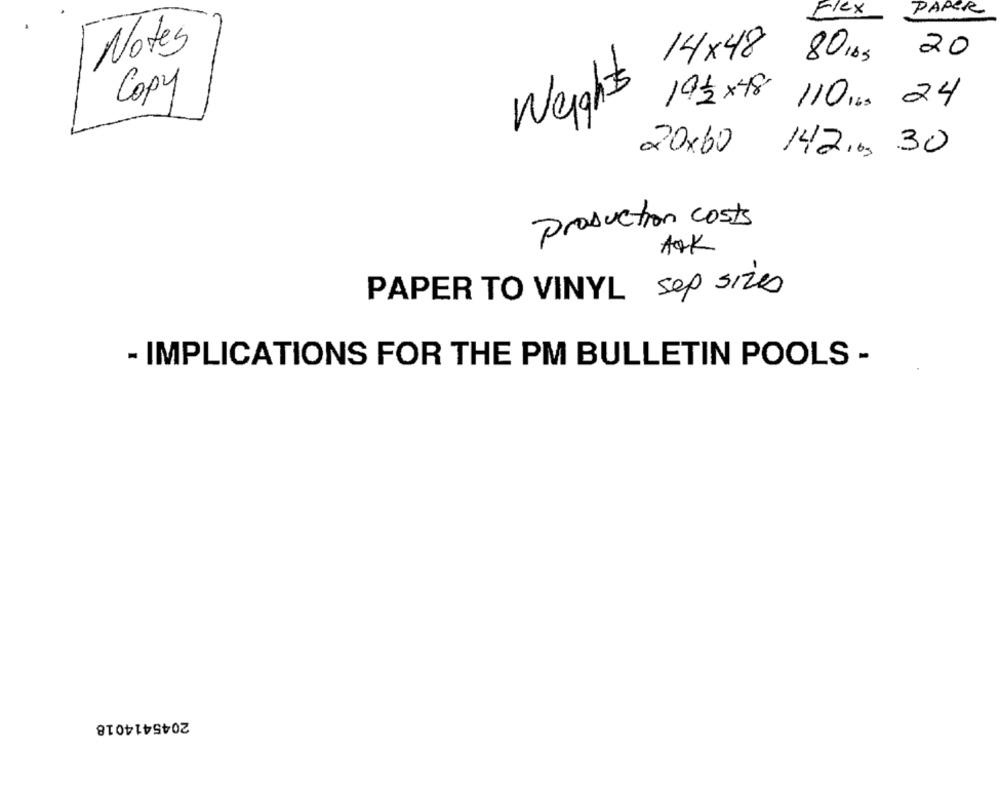
Flex
PAPER
Notes
14×48
80 1bs 20
Weights
Copy
19/2 ×48
110 Iba 24
20x60
142 .6. 30
production costs
AOK
PAPER TO VINYL sep sizes
- IMPLICATIONS FOR THE PM BULLETIN POOLS -
2045414018